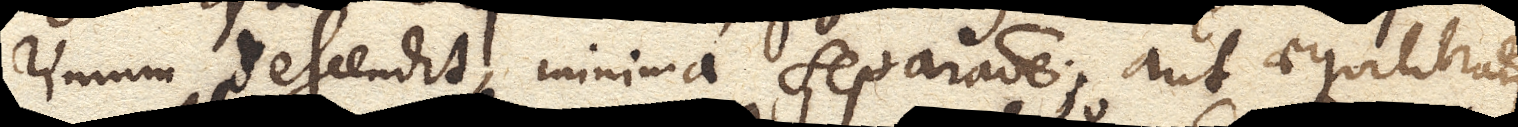
rimum descendit, minima separatione; aut aequilibratur